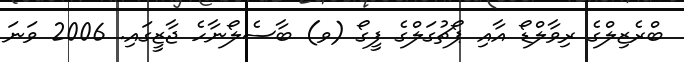
ބްރެޒިލްގެ ރިވާލްޑޯ އާއި ޕޯޗުގަލްގެ ފީގޯ (ވ) ބާސެލޯނާހެ ޖާޒީގައި. 2006 ވަނަ